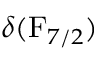
\delta ( \mathrm { F } _ { 7 / 2 } )